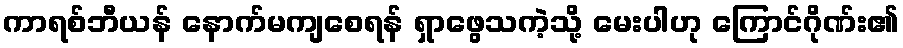
ကာရစ်ဘီယန် နောက်မကျစေရန် ရှာဖွေသကဲ့သို့ မေးပါဟု ကြောင်ဂိုဏ်း၏